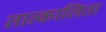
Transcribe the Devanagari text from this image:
तात्कालिता